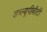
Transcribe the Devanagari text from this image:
डब्ल्यूपीबीटी